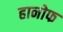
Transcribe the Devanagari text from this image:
हानोफ